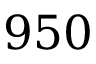
9 5 0